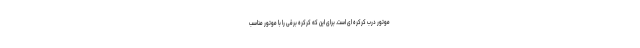
موتور درب کرکره ای است. برای این که کرکره برقی را با موتور مناسب